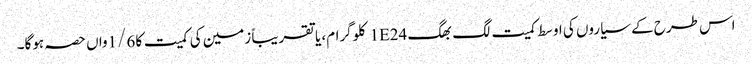
اس طرح کے سیاروں کی اوسط کمیت لگ بھگ 1E24 کلوگرام، یا تقریباً زمین کی کمیت کا 1/6واں حصہ ہوگا۔